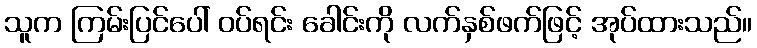
သူက ကြမ်းပြင်ပေါ် ဝပ်ရင်း ခေါင်းကို လက်နှစ်ဖက်ဖြင့် အုပ်ထားသည်။